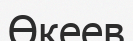
Өкеев